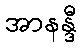
အာနန္ဒီ